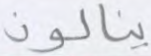
ينالون